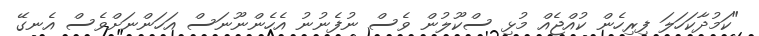
"ކަމުދާކަހަލަ ފިރިހެން ކުއްޖެއް މުޅި ސްކޫލުން ވެސް ނުފެނުނު އެހެންނޫނަސް އަހަންނަށްވެސް އެނގޭ